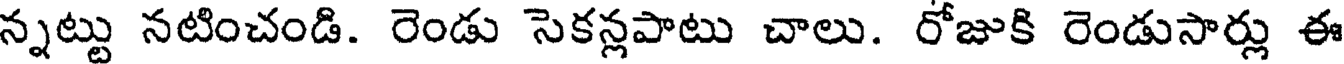
న్నట్టు నటించండి. రెండు సెకన్లపాటు చాలు. రోజుకి రెండుసార్లు ఈ